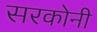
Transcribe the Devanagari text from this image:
सरकोनी